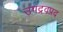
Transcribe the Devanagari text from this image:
उपद्रवप्रद